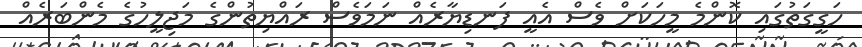
ހަގީގަތުގައި ކޮންމެ މީހަކަށް ވެސް އެއީ ފަނޑިޔާރެއް ނަމަވެސް ރައްޔިތުންގެ މަޖިލީހުގެ މެންބަރެއް